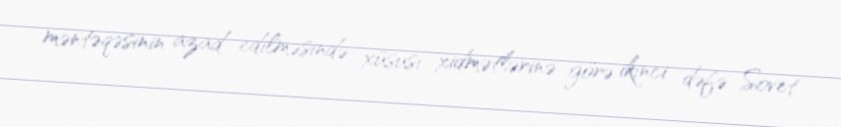
məntəqəsinin azad edilməsində xüsusi xidmətlərinə görə ikinci dəfə Sovet